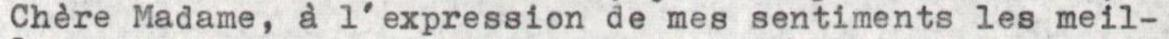
Chère Madame, à l'expression de mes sentiments les meil-